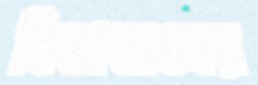
বিভাজনের